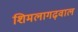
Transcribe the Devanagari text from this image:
शिमलागढ़वाल